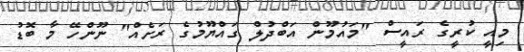
މިއީ ކުރީގެ ރައީސް "މައުމޫން އަބްދުލް ގައްޔޫމުގެ ރަށެއް" ނޫންހޭ މާ ބޮޑު